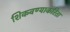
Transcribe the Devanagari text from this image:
शिकवण्याकरिता